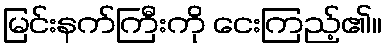
မြင်းနက်ကြီးကို ငေးကြည့်၏။